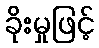
ခိုးမှုဖြင့်